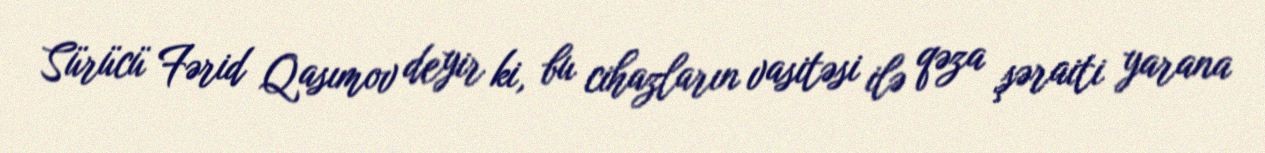
Sürücü Fərid Qasımov deyir ki, bu cihazların vasitəsi ilə qəza şəraiti yarana